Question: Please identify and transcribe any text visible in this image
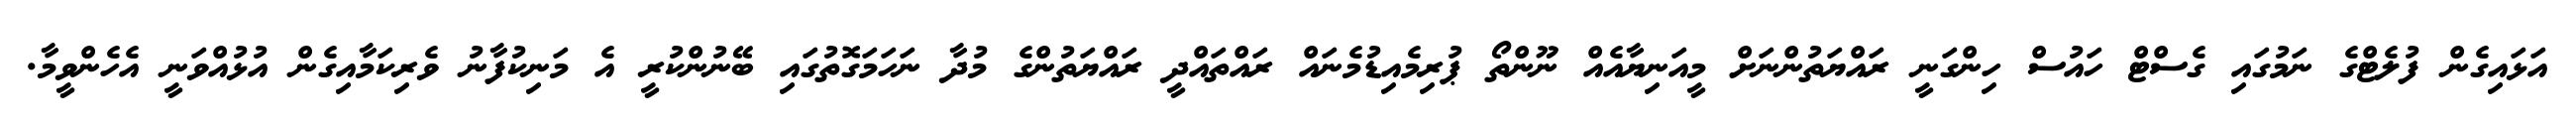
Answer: އަޅައިގެން ފުލެޓްގެ ނަމުގައި ގެސްޓް ހައުސް ހިންގަނީ ރައްޔަތުންނަށް މީއަނިޔާއެއް ނޫންތޯ ޕުރިމެއިޑުމެނައް ރައްތައްދީ ރައްޔަތުންގެ މުދާ ނަހަމަގޮތުގައި ބޭނުންކުރީ އެ މަނިކުފާނު ވެރިކަމާއިގެން އުޅުއްވަނީ އެހެންވީމާ.